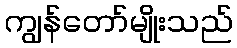
ကျွန်တော်မျိုးသည်